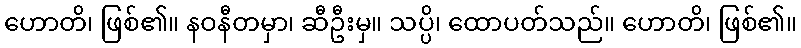
ဟောတိ၊ ဖြစ်၏။ နဝနီတမှာ၊ ဆီဦးမှ။ သပ္ပိ၊ ထောပတ်သည်။ ဟောတိ၊ ဖြစ်၏။